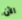
الآن